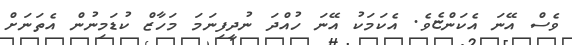
ވެސް އޭނަ އެކަންޏެވެ. އެކަމަކު އޭނަ ހުއްދަ ނުދީފިނަމަ މަހާޒް ކުޑަމިނުން އެތަނަށް